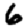
Digit: 6